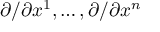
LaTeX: \partial / \partial x ^ { 1 } , \ldots , \partial / \partial x ^ { n }